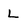
Character: L